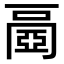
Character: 𠁐